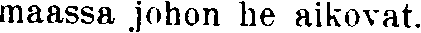
maassa johon he aikovat.